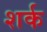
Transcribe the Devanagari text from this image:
शर्क